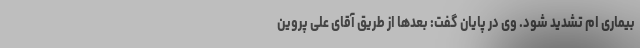
بیماری ام تشدید شود. وی در پایان گفت: بعد‌ها از طریق آقای علی پروین